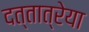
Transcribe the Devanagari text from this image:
दत्तात्रेया